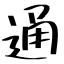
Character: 通